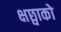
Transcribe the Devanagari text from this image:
क्षछ्वाको